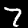
Label: 7